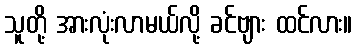
သူတို့ အားလုံးလာမယ်လို့ ခင်ဗျား ထင်လား။